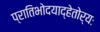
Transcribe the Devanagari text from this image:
प्रातिभोदयाद्हेतोर्यः